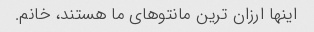
اینها ارزان ترین مانتوهای ما هستند، خانم.